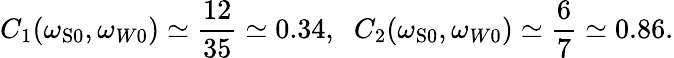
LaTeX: C_{1}(\omega_{\mathrm{{S}0}},\omega_{W0})\simeq\frac{12}{35}\simeq 0.34,\; \; C_{2}(\omega_{\mathrm{{S}0}},\omega_{W0})\simeq\frac{6}{7}\simeq 0.86.